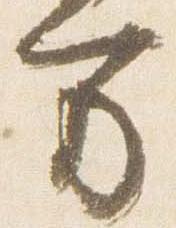
方